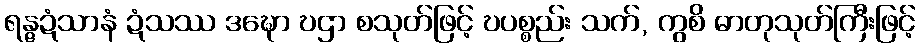
ရန္ဇဍံသာနံ ဍံသဿ ဒဍ္ဎော ဎဌာ စသုတ်ဖြင့် ဎပစ္စည်း သက်, ကွစိ ဓာတုသုတ်ကြီးဖြင့်